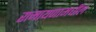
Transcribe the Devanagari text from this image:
रामायणामधील